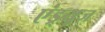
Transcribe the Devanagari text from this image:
एंड्र्यूज़